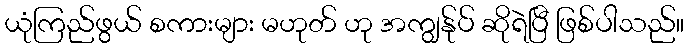
ယုံကြည်ဖွယ် စကားများ မဟုတ် ဟု အကျွန်ုပ် ဆိုရဲပြီ ဖြစ်ပါသည်။